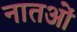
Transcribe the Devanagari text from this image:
नातओं